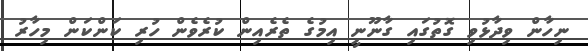
ނިހާން ވިދާޅުވި ގޮތުގައި ގާނޫނީ އިމުގެ ތެރެއިން ކުރެވެން ހުރި ކަންކަން މިހާރު